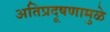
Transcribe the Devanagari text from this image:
अतिप्रदूषणामुळे